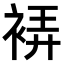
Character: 𧚂